Lunatic asylums Punjab 1895-1910 - 1895-1910
Year: 1895
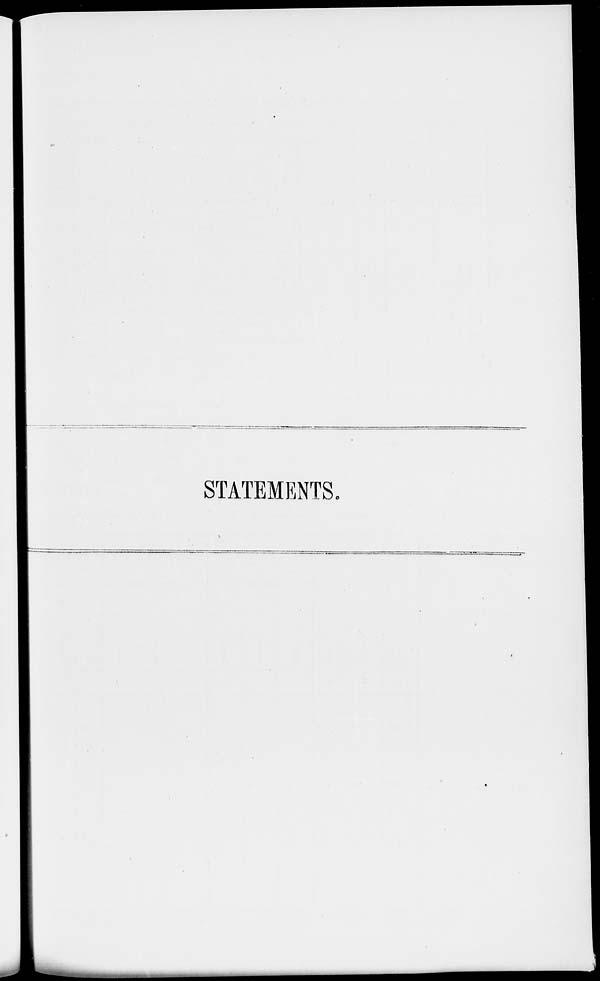
STATEMENTS.